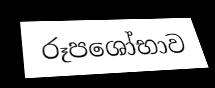
රූපශෝභාව